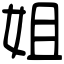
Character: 姐